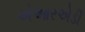
એઆરએડી